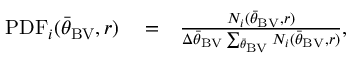
\begin{array} { r l r } { \mathrm { P D F } _ { i } ( { \bar { \theta } } _ { \mathrm { B V } } , r ) } & { { } = } & { \frac { N _ { i } ( { \bar { \theta } } _ { \mathrm { B V } } , r ) } { \Delta { \bar { \theta } } _ { \mathrm { B V } } \sum _ { { \bar { \theta } } _ { \mathrm { B V } } } N _ { i } ( { \bar { \theta } } _ { \mathrm { B V } } , r ) } , } \end{array}